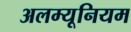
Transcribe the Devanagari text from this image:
अलम्यूनियम